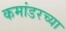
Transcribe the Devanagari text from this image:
कमांडरच्या